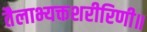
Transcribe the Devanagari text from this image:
तैलाभ्यक्तशरीरिणी॥